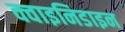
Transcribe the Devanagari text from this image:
क्वाइनिडाइन